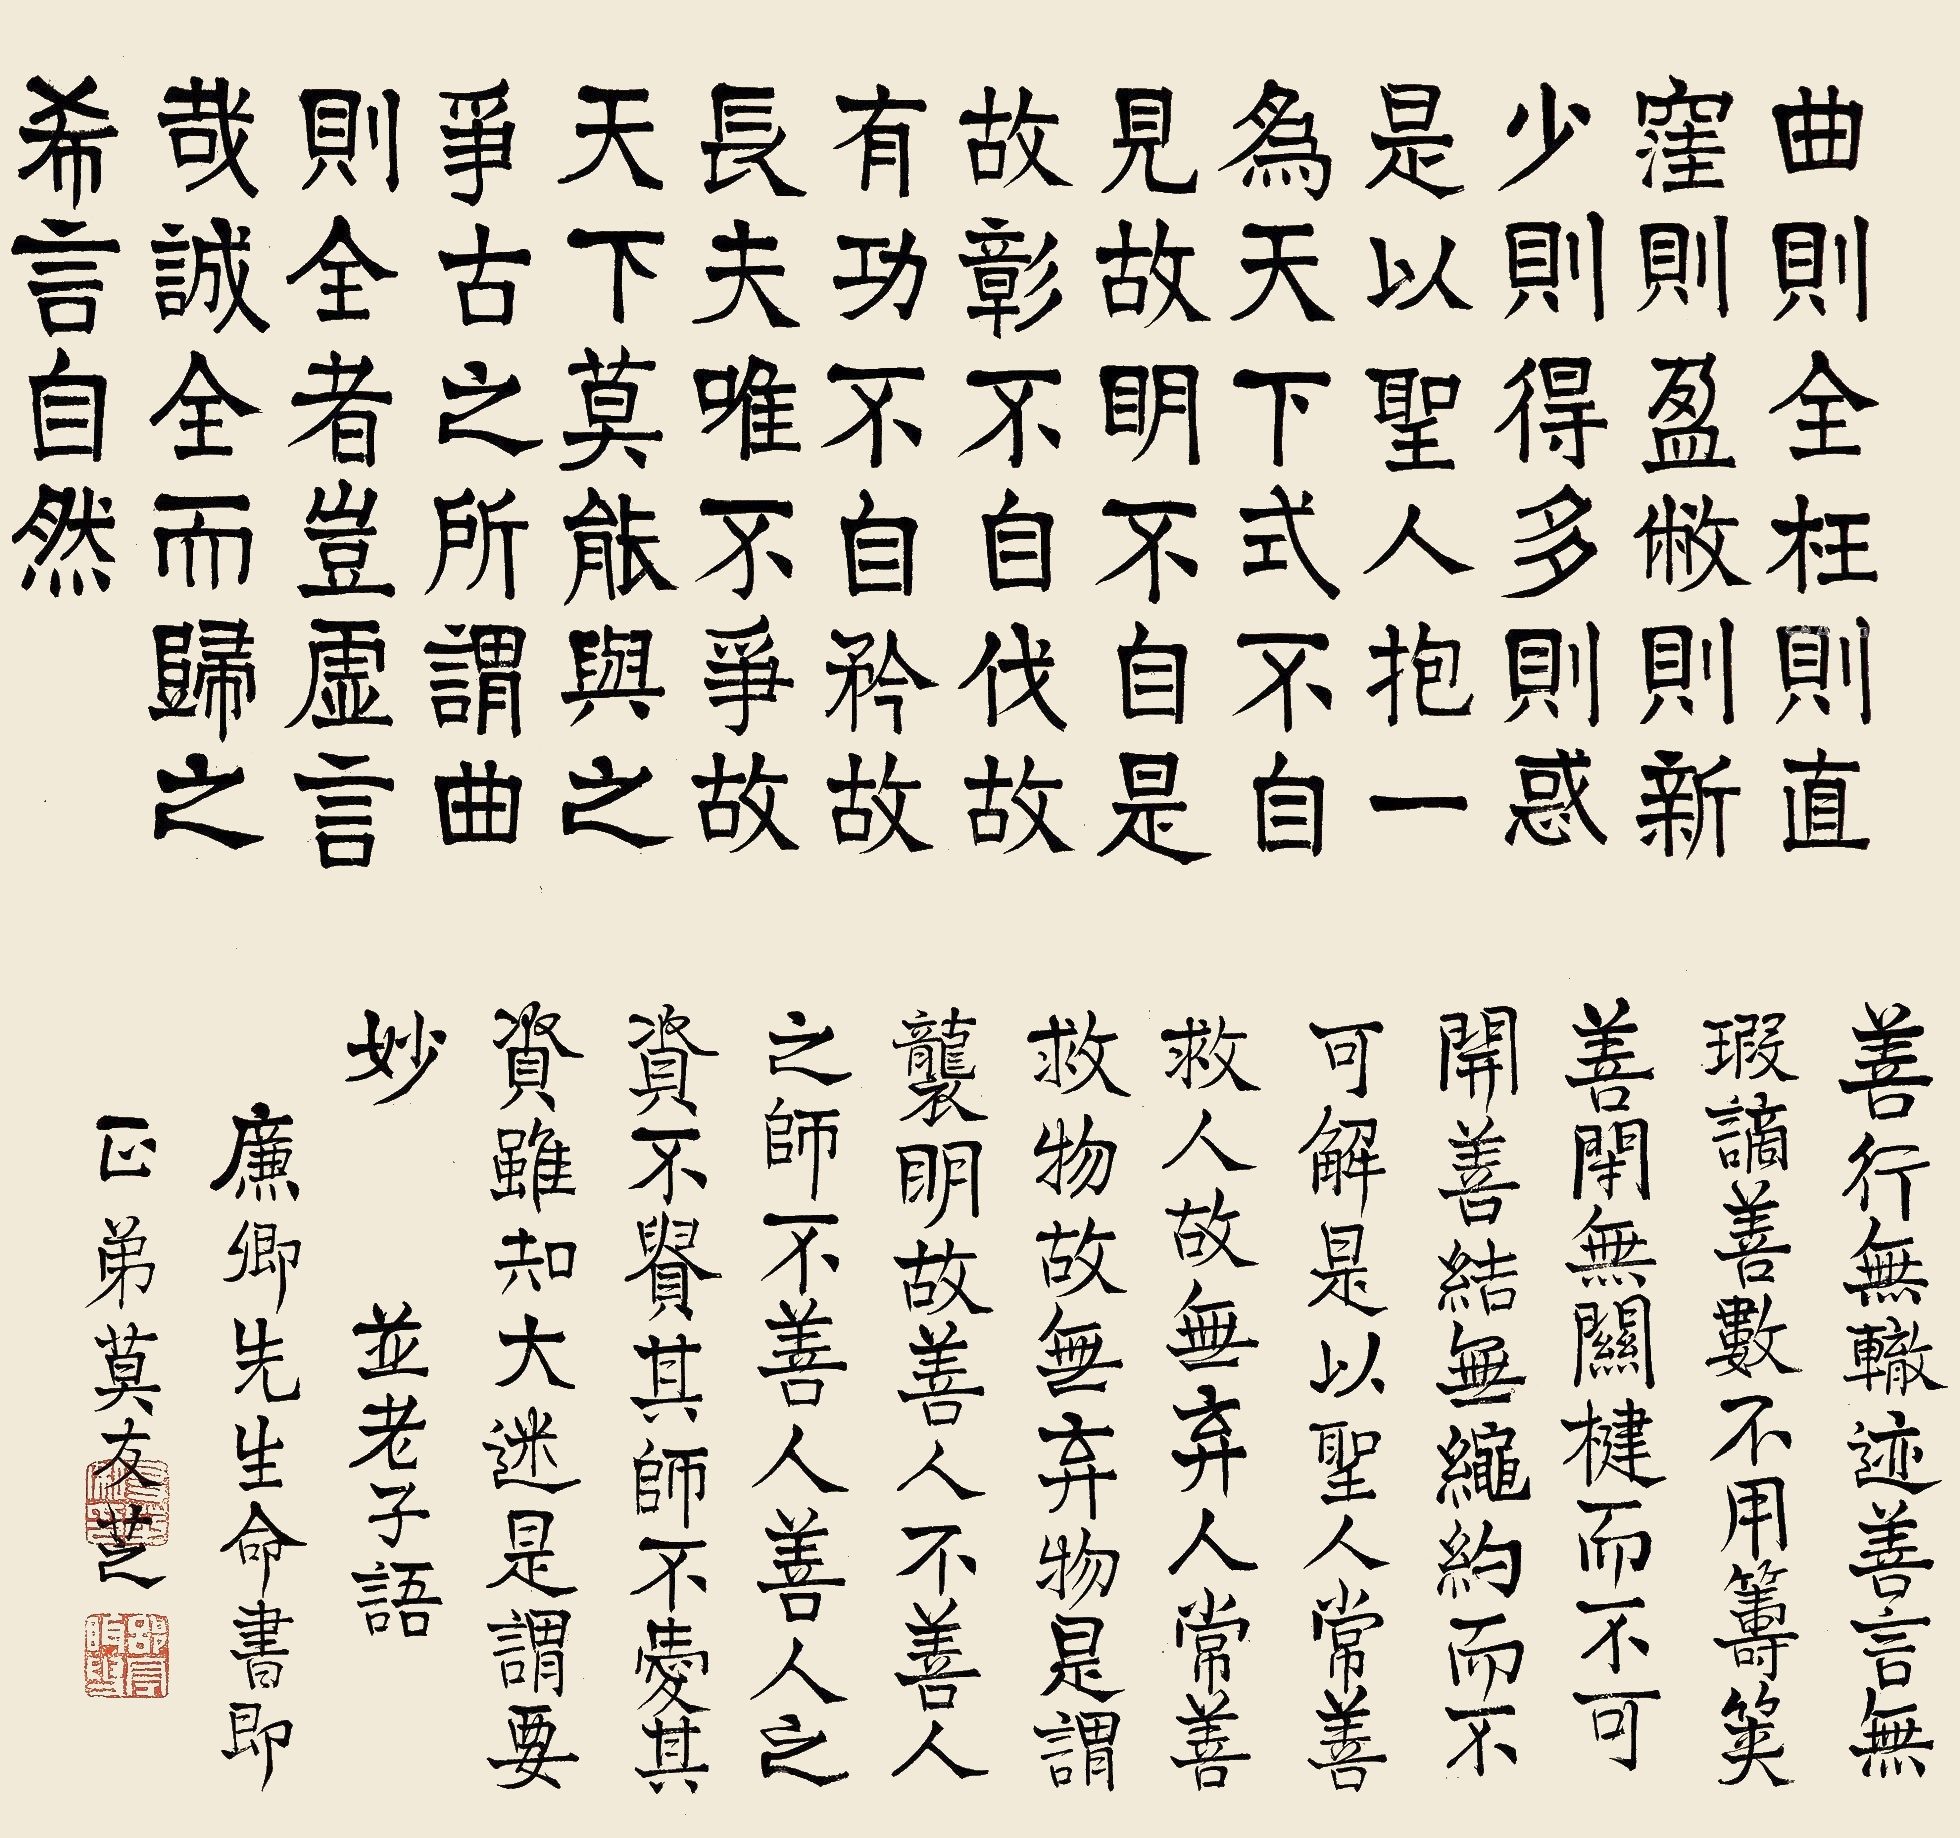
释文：曲则全，枉则直，洼则盈，敝则新，少则得，多则惑。是以圣人抱一为天下式。不自见，故明；不自是，故彰；不自伐，故有功，不自矜，故长。夫唯不争，故天下莫能与之争。古之所谓曲则全者，岂虚言哉。诚全而归之，希言自然。善行无辙迹，善言无瑕谪，善数不用筹策；善闭无关楗而不可开，善结无绳约而不可解。是以圣人常善救人，故无弃人；常善救物，故无弃物，是谓袭明。故善人，不善人之师;不善人，善人之资。不贵其师，不爱其资，虽知大迷，是谓要妙。并老子语。廉卿先生命书即正，弟莫友芝。